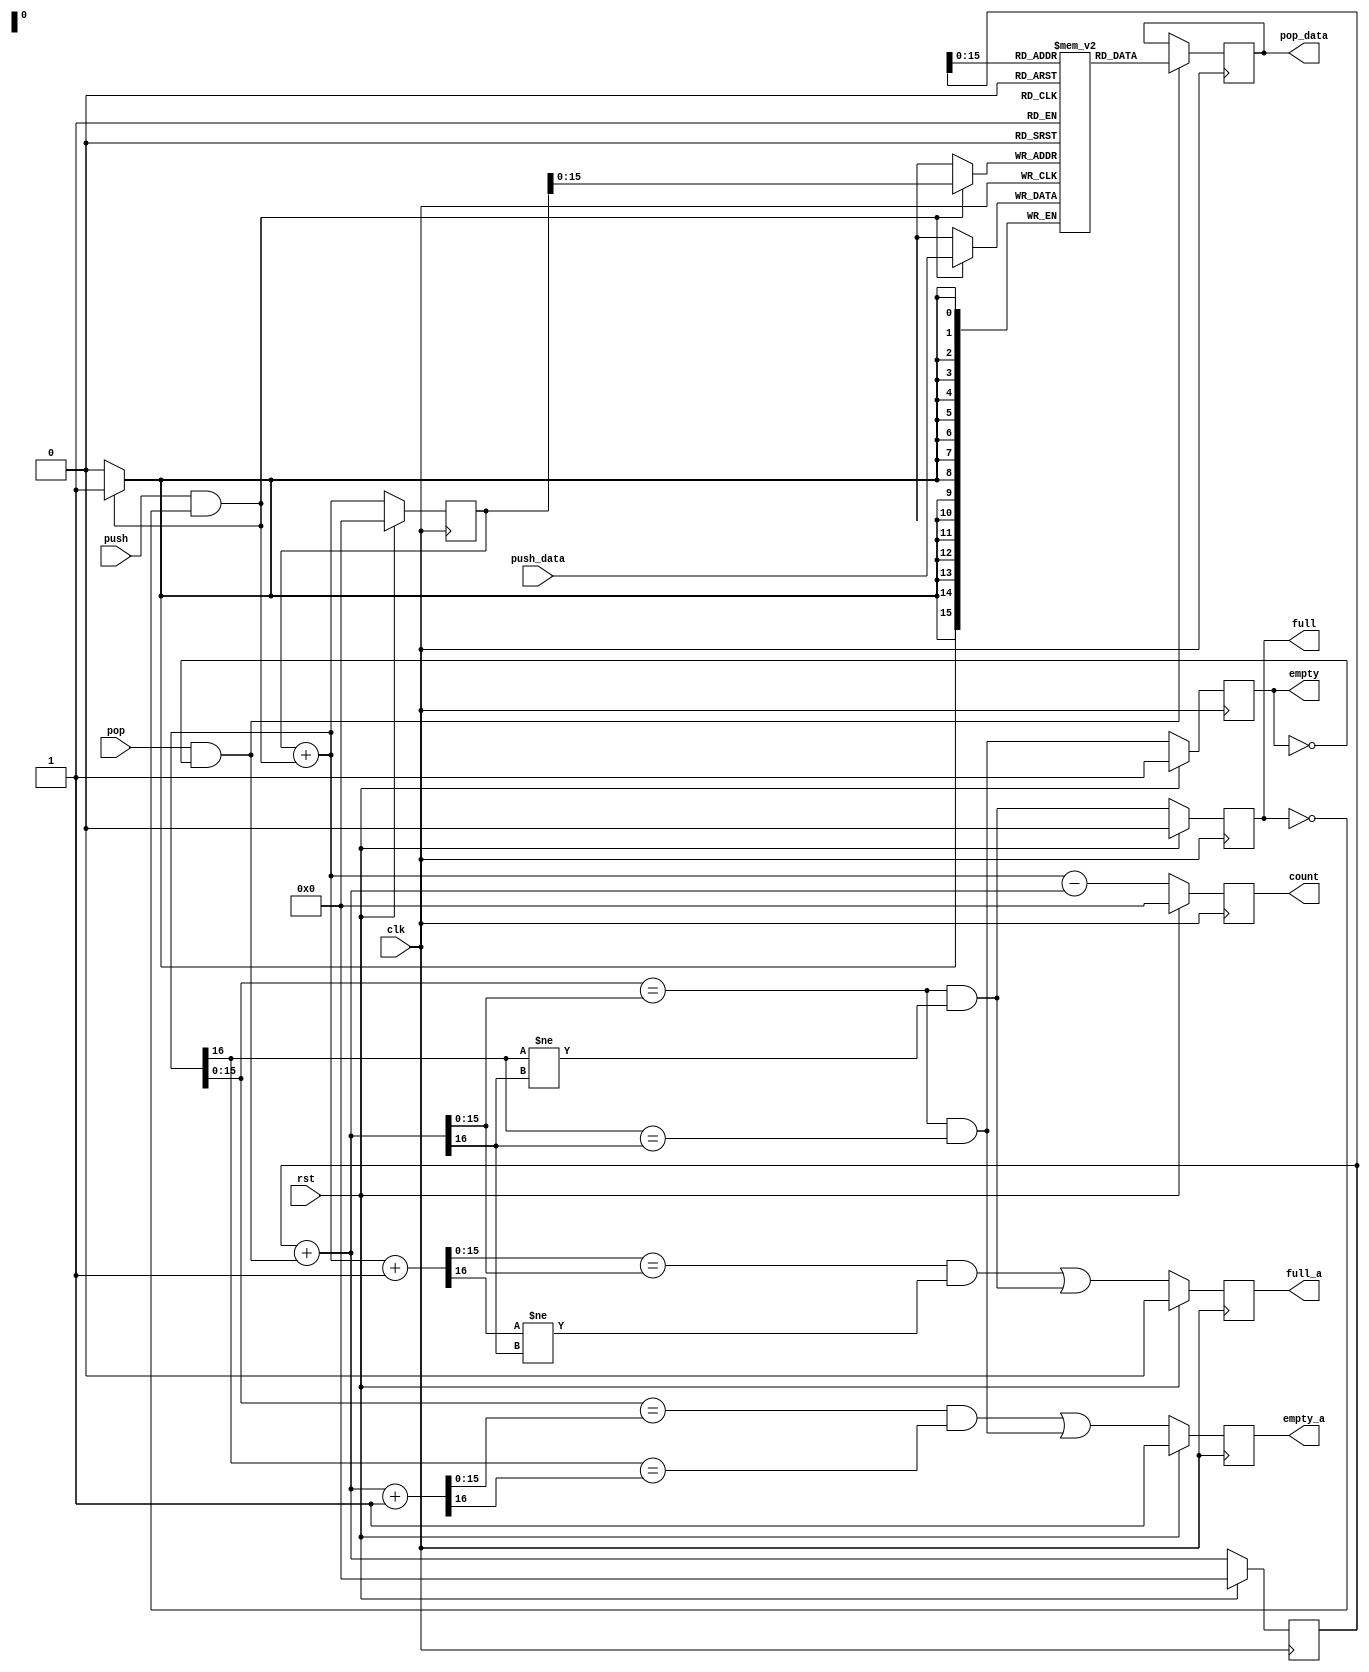
`ifndef _fifo_simple_
`define _fifo_simple_

/**
 * Module:
 *  fifo_simple
 *
 * Description:
 *  A simple FIFO, with synchronous clock for both the pop and push ports.
 *
 * Testbench:
 *  fifo_simple_tb.v
 *
 * Created:
 *  Sun Nov 30 13:39:40 EST 2014
 *
 * Author:
 *  Berin Martini (berin.martini@gmail.com)
 */


`default_nettype none

module fifo_simple
  #(parameter
    DATA_WIDTH  = 16,
    ADDR_WIDTH  = 16)
   (input  wire                     clk,
    input  wire                     rst,

    output reg  [ADDR_WIDTH:0]      count,
    output reg                      full,
    output reg                      full_a,
    output reg                      empty,
    output reg                      empty_a,

    input  wire                     push,
    input  wire [DATA_WIDTH-1:0]    push_data,

    input  wire                     pop,
    output reg  [DATA_WIDTH-1:0]    pop_data
);

    /**
     * Local parameters
     */

    localparam DEPTH = 1<<ADDR_WIDTH;


`ifdef VERBOSE
    initial $display("fifo sync with depth: %d", DEPTH);
`endif


    /**
     * Internal signals
     */

    reg  [DATA_WIDTH-1:0]       mem [0:DEPTH-1];

    reg  [ADDR_WIDTH:0]         push_ptr;
    wire [ADDR_WIDTH:0]         push_ptr_nx;
    reg  [ADDR_WIDTH:0]         pop_ptr;
    wire [ADDR_WIDTH:0]         pop_ptr_nx;

    wire [ADDR_WIDTH-1:0]       push_addr;
    wire [ADDR_WIDTH-1:0]       push_addr_nx;
    wire [ADDR_WIDTH-1:0]       pop_addr;
    wire [ADDR_WIDTH-1:0]       pop_addr_nx;

    wire                        full_nx;
    wire                        empty_nx;

    wire                        full_a_nx;
    wire [ADDR_WIDTH-1:0]       push_addr_a_nx;
    wire [ADDR_WIDTH:0]         push_ptr_a_nx;
    wire                        empty_a_nx;
    wire [ADDR_WIDTH-1:0]       pop_addr_a_nx;
    wire [ADDR_WIDTH:0]         pop_ptr_a_nx;


    /**
     * Implementation
     */

    assign push_addr    = push_ptr      [ADDR_WIDTH-1:0];

    assign push_addr_nx = push_ptr_nx   [ADDR_WIDTH-1:0];

    assign pop_addr     = pop_ptr       [ADDR_WIDTH-1:0];

    assign pop_addr_nx  = pop_ptr_nx    [ADDR_WIDTH-1:0];


    // full next
    assign full_nx =
        (push_addr_nx == pop_addr_nx) & (push_ptr_nx[ADDR_WIDTH] != pop_ptr_nx[ADDR_WIDTH]);

    // almost full next
    assign push_ptr_a_nx    = push_ptr_nx + 1;

    assign push_addr_a_nx   = push_ptr_a_nx[0 +: ADDR_WIDTH];

    assign full_a_nx =
        (push_addr_a_nx == pop_addr_nx) & (push_ptr_a_nx[ADDR_WIDTH] != pop_ptr_nx[ADDR_WIDTH]);


    // empty next
    assign empty_nx =
        (push_addr_nx == pop_addr_nx) & (push_ptr_nx[ADDR_WIDTH] == pop_ptr_nx[ADDR_WIDTH]);

    // almost empty next
    assign pop_ptr_a_nx     = pop_ptr_nx + 1;

    assign pop_addr_a_nx    = pop_ptr_a_nx[0 +: ADDR_WIDTH];

    assign empty_a_nx =
        (push_addr_nx == pop_addr_a_nx) & (push_ptr_nx[ADDR_WIDTH] == pop_ptr_a_nx[ADDR_WIDTH]);


    // pop next
    assign pop_ptr_nx   = pop_ptr + {{ADDR_WIDTH-1{1'b0}}, (pop & ~empty)};

    // push next
    assign push_ptr_nx  = push_ptr + {{ADDR_WIDTH-1{1'b0}}, (push & ~full)};


    // registered population count.
    always @(posedge clk)
        if (rst)    count <= 'b0;
        else        count <= (push_ptr_nx - pop_ptr_nx);


    // registered full flag
    always @(posedge clk)
        if (rst)    full    <= 1'b0;
        else        full    <= full_nx;


    // almost full flag
    always @(posedge clk)
        if (rst)    full_a  <= 1'b0;
        else        full_a  <= full_a_nx | full_nx;


    // registered empty flag
    always @(posedge clk)
        if (rst)    empty   <= 1'b1;
        else        empty   <= empty_nx;


    // almost empty flag
    always @(posedge clk)
        if (rst)    empty_a <= 1'b1;
        else        empty_a <= empty_a_nx | empty_nx;


    // memory read-address pointer
    always @(posedge clk)
        if (rst)    pop_ptr <= 0;
        else        pop_ptr <= pop_ptr_nx;


    // read from memory
    always @(posedge clk)
        if (pop & ~empty) pop_data <= mem[pop_addr];


    // memory write-address pointer
    always @(posedge clk)
        if (rst)    push_ptr    <= 0;
        else        push_ptr    <= push_ptr_nx;


    // write to memory
    always @(posedge clk)
        if (push & ~full) mem[push_addr] <= push_data;



`ifdef FORMAL

`ifdef FIFO_SIMPLE
`define ASSUME assume
`else
`define ASSUME assert
`endif


    initial begin
        // ensure reset is triggered at the start
        restrict property (rst);
    end


    //
    // Check that counters and pointers stay within their relative ranges
    //

    // tests that counter stays in range
    always @(*)
        if ( ~rst) begin
            assert(0 <= count <= DEPTH);
            assert((count == 0) == empty);      // for use with exact empty generation
            assert((count == DEPTH) == full);   // for use with exact full generation
            assert( ~(empty && full)); // impossible state of being both full and empty
        end


    // tests direction of pointer travel, push incrementing to 'full'
    always @(*)
        if ( ~rst && (push_ptr >= pop_ptr)) begin
            assert((push_ptr - pop_ptr) <= DEPTH);
        end


    // tests direction of pointer travel, pop incrementing to 'empty'
    always @(*)
        if ( ~rst && (push_ptr < pop_ptr)) begin
            assert((pop_ptr - push_ptr) >= DEPTH);
        end


    //
    // Check that pop behavior is consistent
    //

    // popping from an empty FIFO will not change the pop addr or data register
    always @(posedge clk)
        if ( ~rst && $past( ~rst && pop && empty)) begin
            assert($stable(pop_addr));
            assert($stable(pop_data));
        end


    // empty signal asserted only after data is popped
    always @(posedge clk)
        if ( ~rst && $past( ~rst) && $rose(empty)) begin
            assert($past(pop));
            assert($past(empty_a));
        end


    // empty signal asserted when both pointers are equal
    always @(*)
        if ( ~rst) begin
            assert(empty == (pop_ptr == push_ptr));
        end


    //
    // Check that push behavior is consistent
    //

    // pushing into a full FIFO will not change the push addr or mem data
    always @(posedge clk)
        if ( ~rst && $past( ~rst && push && full)) begin
            assert($stable(push_addr));
            assert($stable(mem[push_addr]));
        end


    // full signal asserted only after data is pushed
    always @(posedge clk)
        if ( ~rst && $past( ~rst) && $rose(full)) begin
            assert($past(push));
            assert($past(full_a));
        end


    // full signal asserted when both pointers are not equal but addrs are
    always @(*)
        if ( ~rst) begin
            assert(full == ((pop_ptr != push_ptr) && (pop_addr == push_addr)));
        end



`ifdef FIFO_SIMPLE

    //
    // Check that some fundamental use cases are valid
    //

    reg  f_full_state_reached = 1'b0;
    always @(posedge clk)
        if      (rst)   f_full_state_reached <= 1'b0;
        else if (full)  f_full_state_reached <= 1'b1;


    // show that the FIFO can fill up and then return to empty, traveling the
    // entire range of the FIFO depth and thus able to test all assert
    // statements
    always @(*)
        cover(f_full_state_reached && empty);

`endif


`endif
endmodule

`ifndef YOSYS
`default_nettype wire
`endif

`endif //  `ifndef _fifo_simple_